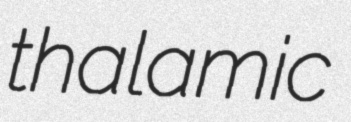
thalamic